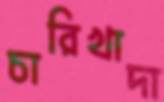
চারিখাদা